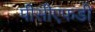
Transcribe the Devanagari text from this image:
पीसीएफडी